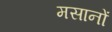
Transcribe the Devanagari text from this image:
मसानों